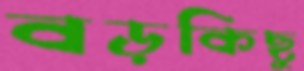
বড়কিছু